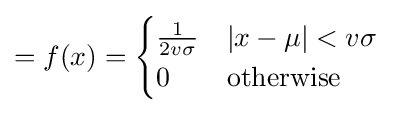
=f(x)={\begin{cases}{\frac {1}{2v\sigma }}&|x-\mu |<v\sigma \\0&\mathrm {otherwise} \end{cases}}